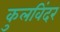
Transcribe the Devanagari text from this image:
कुलविंदर